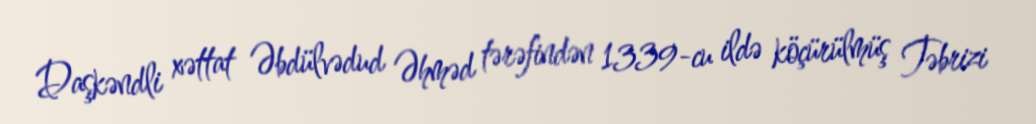
Daşkəndli xəttat Əbdülvədud Əhməd tərəfindən 1339-cu ildə köçürülmüş Təbrizi